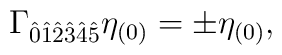
\Gamma_{\hat{0}\hat{1}\hat{2}\hat{3}\hat{4}\hat{5}}\eta_{(0)}=\pm \eta_{(0)},